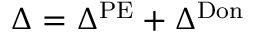
\Delta = \Delta ^ { \mathrm { P E } } + \Delta ^ { \mathrm { D o n } }